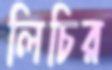
লিচির